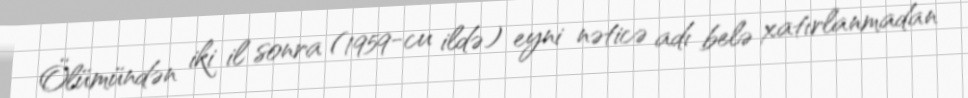
Ölümündən iki il sonra (1959-cu ildə) eyni nəticə adı belə xatırlanmadan